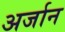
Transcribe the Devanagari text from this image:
अर्जान